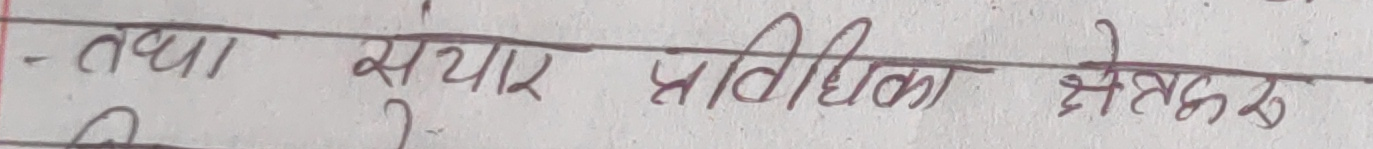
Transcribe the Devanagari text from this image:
तथा संचार प्रविधिको क्षेत्रहरु